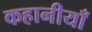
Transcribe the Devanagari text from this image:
कहानीयाँ